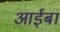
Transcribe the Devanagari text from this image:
आईबा